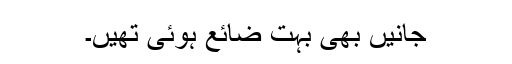
جانیں بھی بہت ضائع ہوئی تھیں۔